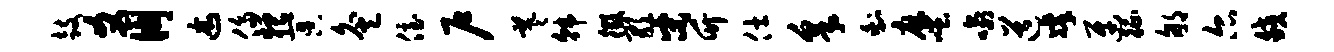
鼓爻朋述侈猥冥灸侄户羲韩徵歌宋竹仕采剩麻嗤喻道凛迓征郇尔皎